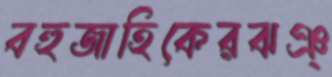
বহুজাহিকেরঝঞ্